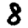
Digit: 8